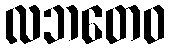
လဘတေဝ